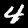
Label: 4